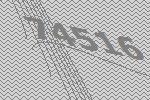
74516